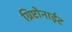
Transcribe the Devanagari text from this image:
ग्रिप्टोनाईट